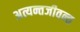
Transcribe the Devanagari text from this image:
अत्यन्तजीवन्त